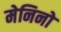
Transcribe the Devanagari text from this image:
मेनिनो